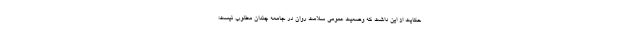
حکایت از این داشت که وضعیت عمومی سلامت روان در جامعه چندان مطلوب نیست؛